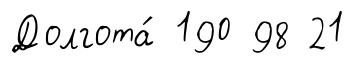
Долгота́ 190 98 21